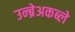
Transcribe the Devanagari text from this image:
उन्ब्रेअकब्ले